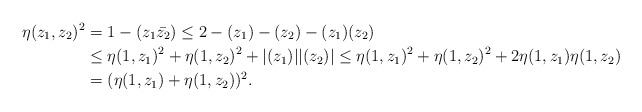
\begin{align*}\eta(z_1,z_2)^2 &= 1-(z_1\bar{z_2}) \leq 2 - (z_1)-(z_2)-(z_1)(z_2) \\&\leq \eta(1,z_1)^2 + \eta(1,z_2)^2 + |(z_1)||(z_2)| \leq \eta(1,z_1)^2 + \eta(1,z_2)^2 + 2\eta(1,z_1)\eta(1,z_2) \\&= (\eta(1,z_1)+\eta(1,z_2))^2.\end{align*}